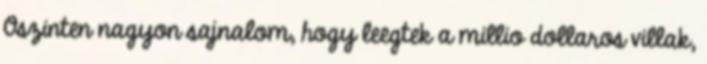
Oszinten nagyon sajnalom, hogy leegtek a millio dollaros villak,